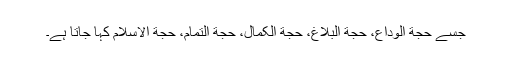
جسے حجة الوداع، حجة البلاغ، حجة الکمال، حجة التمام، حجة الاسلام کہا جاتا ہے۔